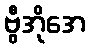
ဗွီအိုအေ